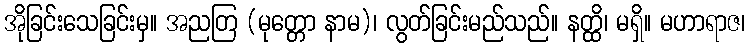
အိုခြင်းသေခြင်းမှ။ အညတြ (မုတ္တော နာမ)၊ လွတ်ခြင်းမည်သည်။ နတ္ထိ၊ မရှိ။ မဟာရာဇ၊